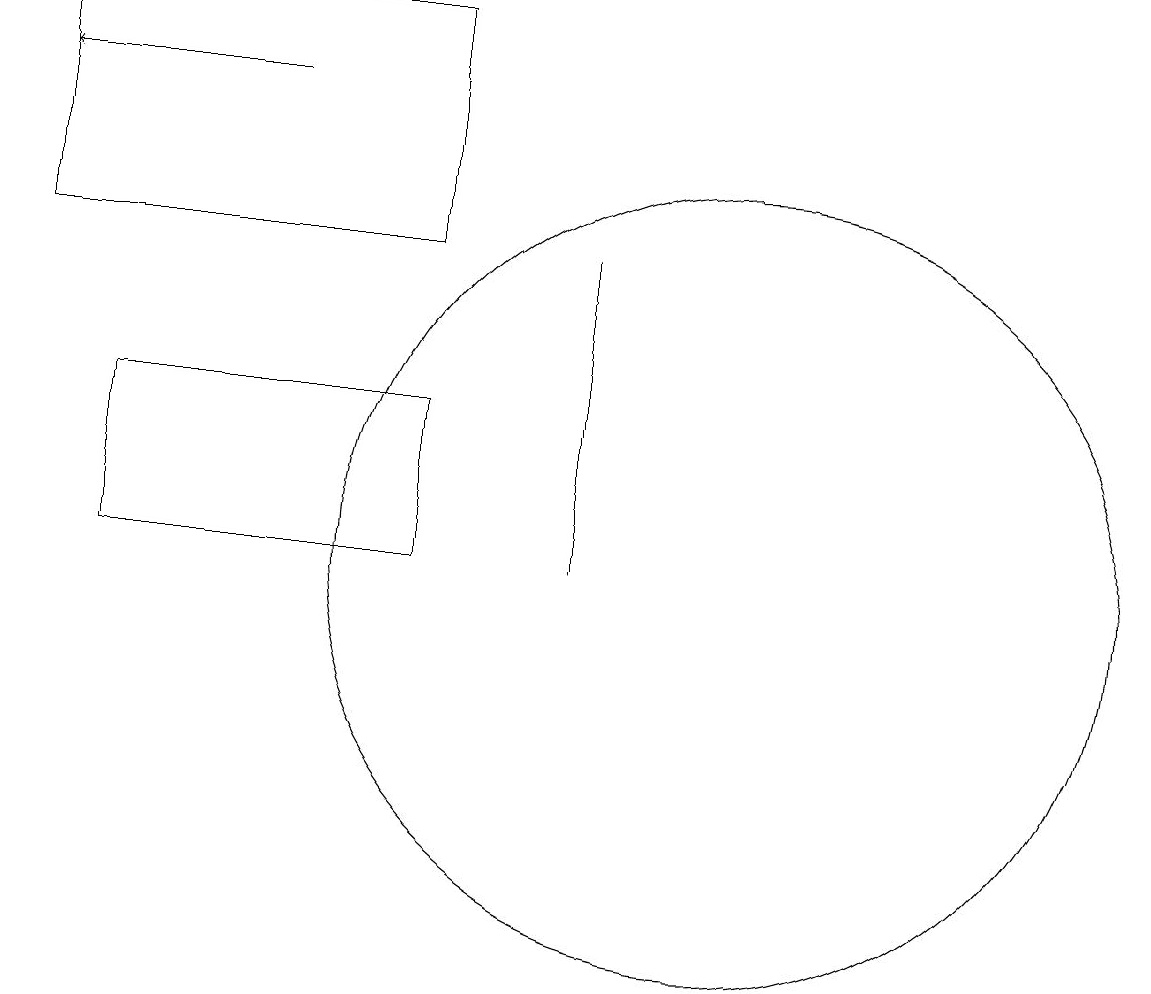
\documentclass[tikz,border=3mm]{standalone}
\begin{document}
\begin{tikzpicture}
\draw (2,19) rectangle (7,16);
\draw (11,12) circle (5);
\draw[->] (5,18) -- (2,18);
\draw (7,12) rectangle (3,14);
\draw (9,16) rectangle (9,12);
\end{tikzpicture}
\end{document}